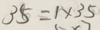
3 5 = 1 \times 3 5